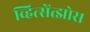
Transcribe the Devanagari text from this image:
व्हित्सेंत्झोस